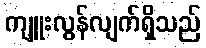
ကျူးလွန်လျက်ရှိသည်